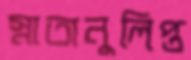
স্নাতানুলিপ্ত